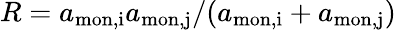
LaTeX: {R=a_{\mathrm{mon,i}}a_{\mathrm{mon,j}}/(a_{\mathrm{mon,i}}+a_{\mathrm{mon,j}})}